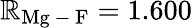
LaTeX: \mathbb{R}_{\mathrm{{Mg\mathrm{{~-~}}F}}}=1.600